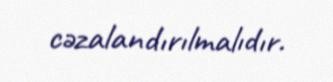
cəzalandırılmalıdır.